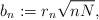
LaTeX: \begin{align*}b_n := r_n \sqrt{nN},\end{align*}